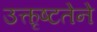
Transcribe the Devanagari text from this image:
उत्कृष्टतेने